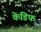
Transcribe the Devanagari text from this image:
केडिफ